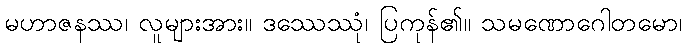
မဟာဇနဿ၊ လူများအား။ ဒဿေဿုံ၊ ပြကုန်၏။ သမဏောဂေါတမော၊